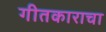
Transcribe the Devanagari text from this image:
गीतकाराचा